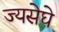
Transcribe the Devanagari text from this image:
ज्यसेघे